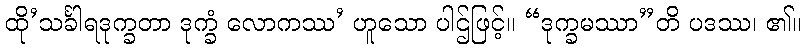
ထို’သင်္ခါရဒုက္ခတာ ဒုက္ခံ လောကဿ’ ဟူသော ပါဌ်ဖြင့်။ “ဒုက္ခမဿာ”တိ ပဒဿ၊ ၏။